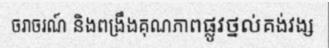
ចរាចរណ៍ និងពង្រឹងគុណភាពផ្លូវថ្នល់គង់វង្ស